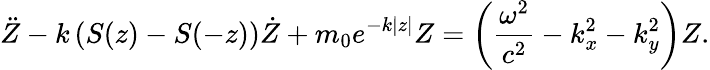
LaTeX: \ddot{Z}-k\left(S(z)-S(-z)\right)\dot{Z}+m_{0}e^{-k|z|}Z=\left(\frac{\omega^{2}}{c^{2}}-k_{x}^{2}-k_{y}^{2}\right)Z.